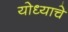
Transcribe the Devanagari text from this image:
योध्याचे